Leningradi_Edasi_toimetus, lk 13
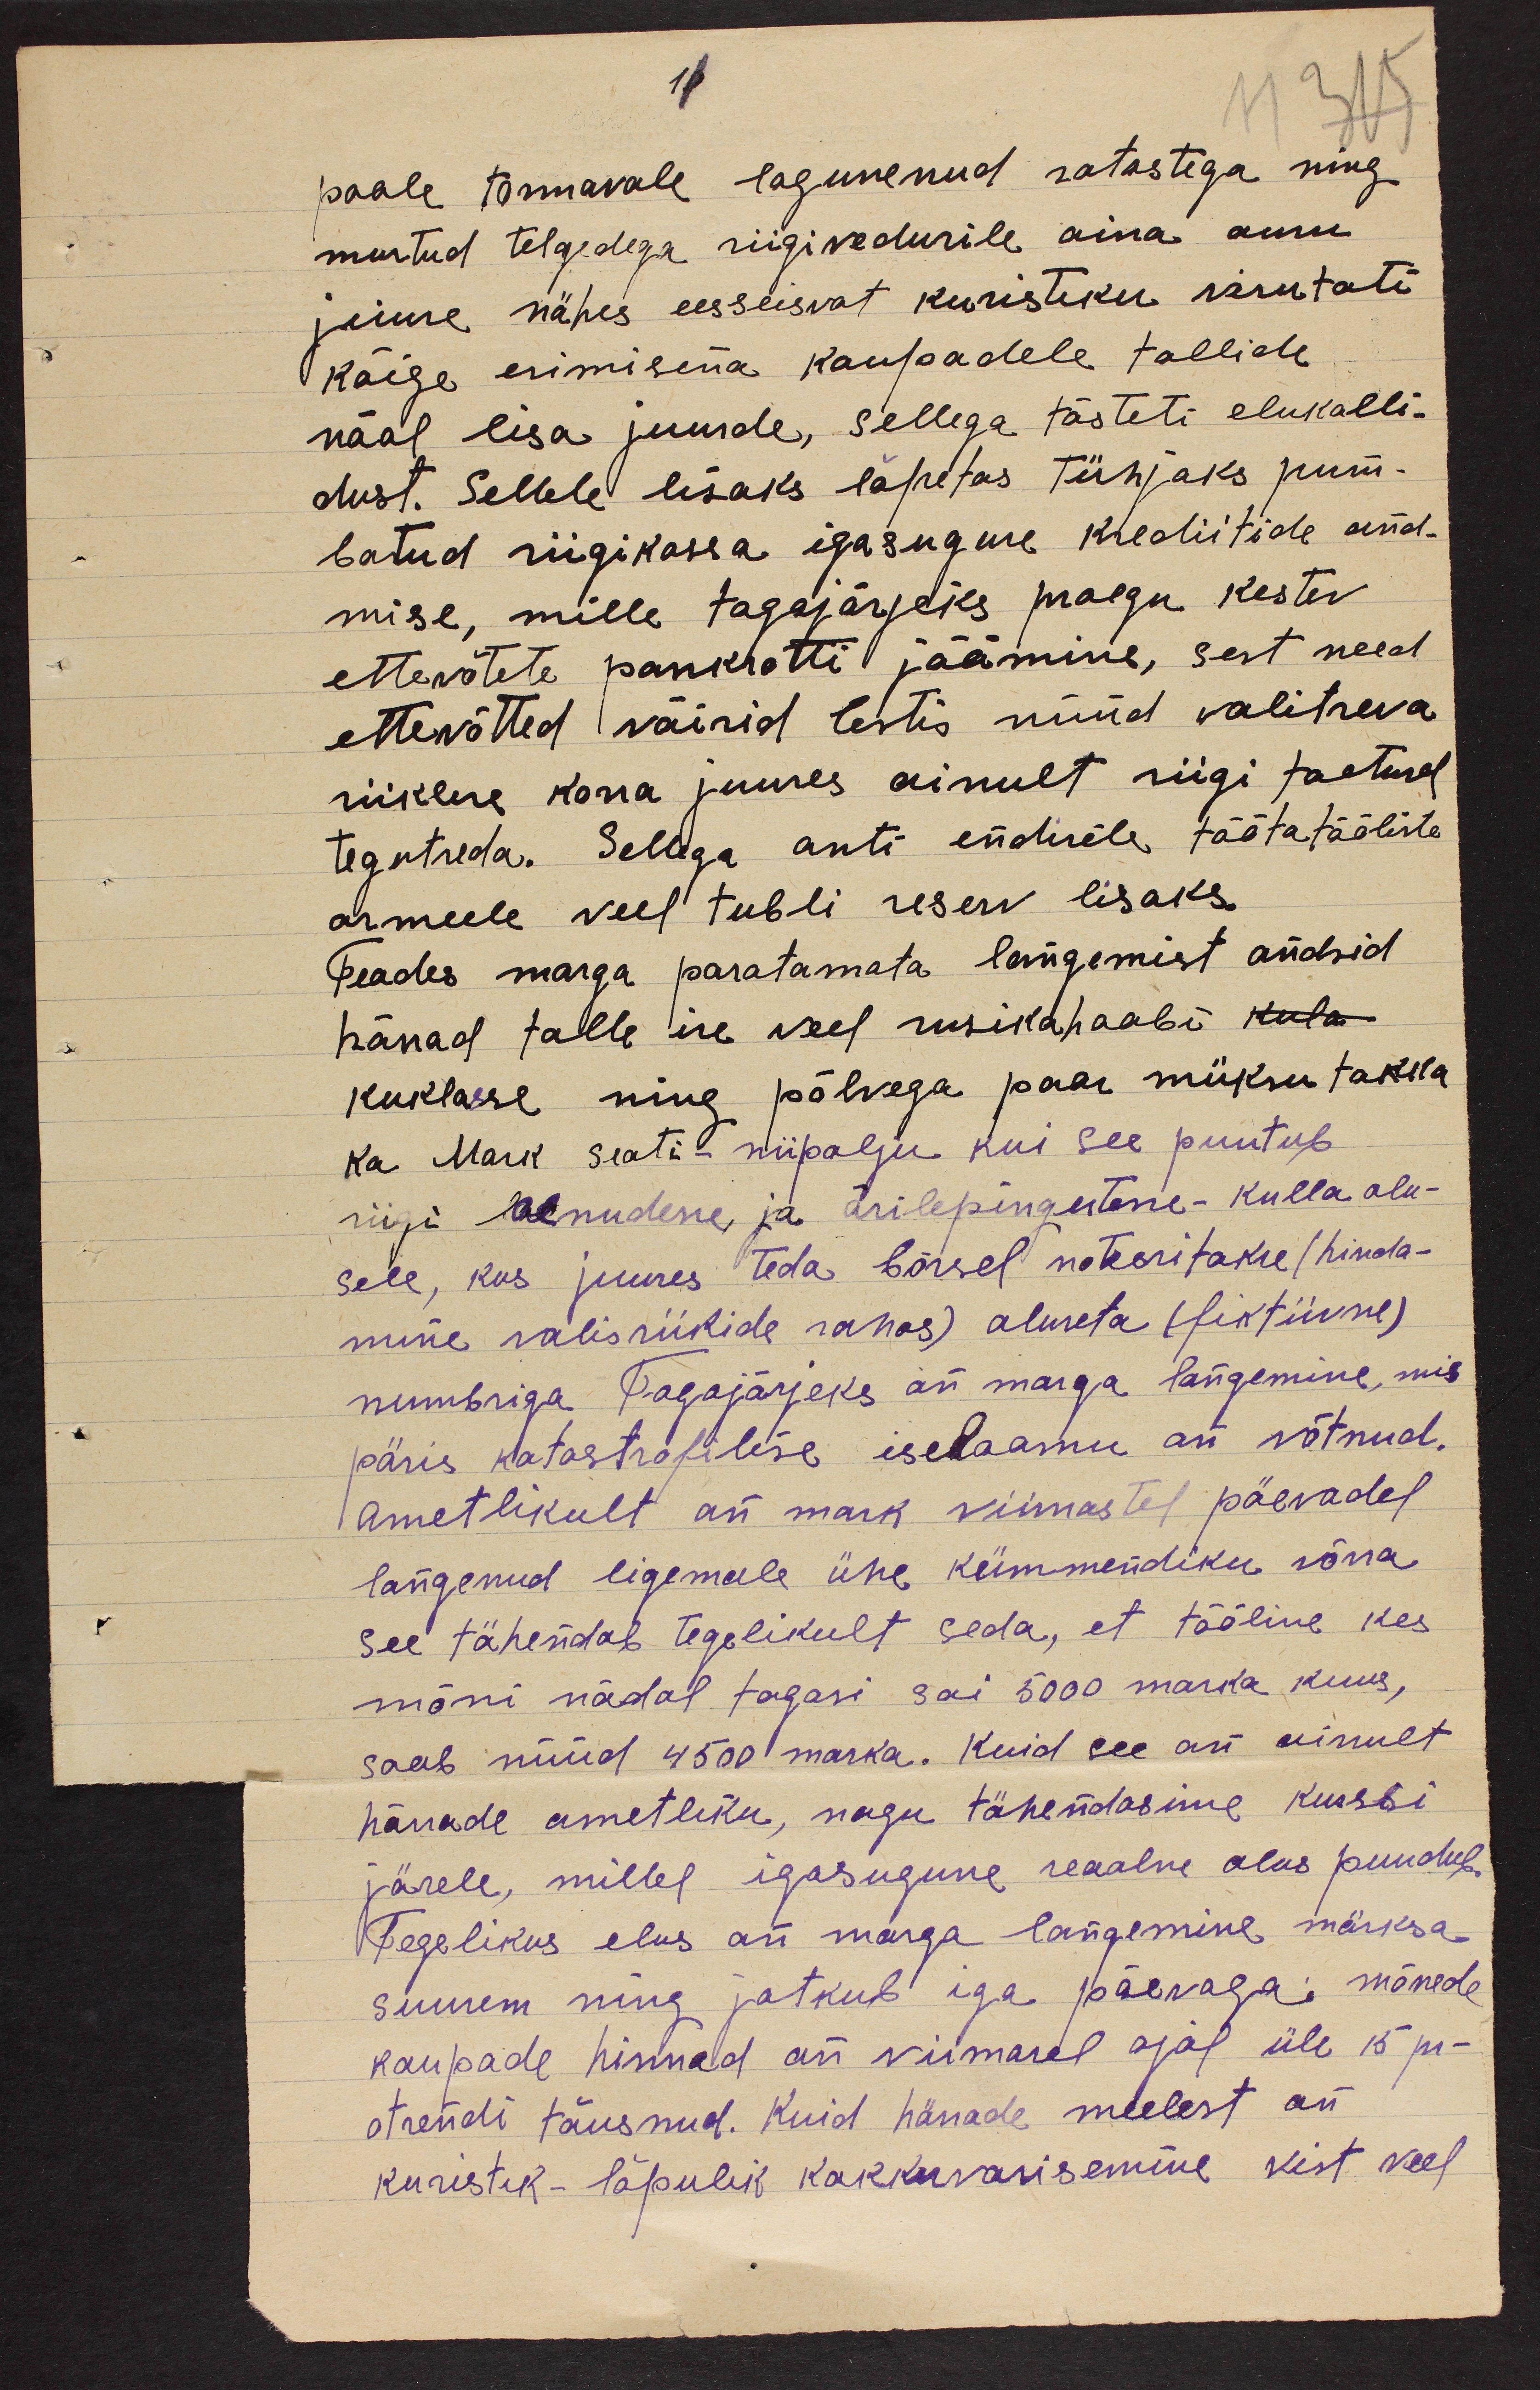
11

poole tormavale lagunenud ratastega ning
murtud telgedega riigivedurile aina auru
juure nähes eesseisvat kuristiku virutati
kõige esimisena kaupadele tollide
näol lisa juurde, sellega tõsteti elukalli-
dust. Sellele lisaks lõpetas tühjaks pum-
batud riigikassa igasuguse krediitide and-
mise, mille tagajärjeks praegu kestev
ettevõtete pankrotti jäämine, sest need
ettevõtted võisid Eestis nüüd valitseva
riiklise korra juures ainult riigi toetusel
tegutseda. Sellega anti endisele töötatööliste
armeele veel tubli reserv lisaks.
Teades marga paratamata langemist andsid
härrad talle ise veel rusikahoobi kula
kuklasse ning põlvega paar müksu takka
ka Mark seoti niipalju kui see puutub
riigi laenudesse ja ärilepingutesse- kulla alu-
sele, kus juures teda börsel noteeritakse (hinda-
mine välisriikide rahas) aluseta (fiktiivne)
numbriga Tagajärjeks on marga langemine, mis
päris katastrofilise iseloomu on võtnud.
Ametlikult on mark viimastel päevadel
langenud ligemale ühe kümmendiku võrra
see tähendab tegelikult seda, et tööline kes
mõni nädal tagasi sai 5000 marka kuus,
saab nüüd 4500 marka. Kuid see on ainult
härrade ametliku, nagu tähendasime kurssi
järele, millel igasugune reaalne alus puudub.
Tegelikus elus on marga langemine märksa
suurem ning jätkub iga päevaga mõnede
kaupade hinnad on viimasel ajal üle 15 pr-
otsendi tõusnud. Kuid härrade meelest on
kuristik- lõpulik kokkuvarisemine vist veel